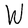
Character: W